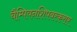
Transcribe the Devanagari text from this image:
चैम्पियनशिपबरकरार